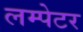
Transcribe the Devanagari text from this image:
लम्पेटर